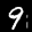
Label: 9